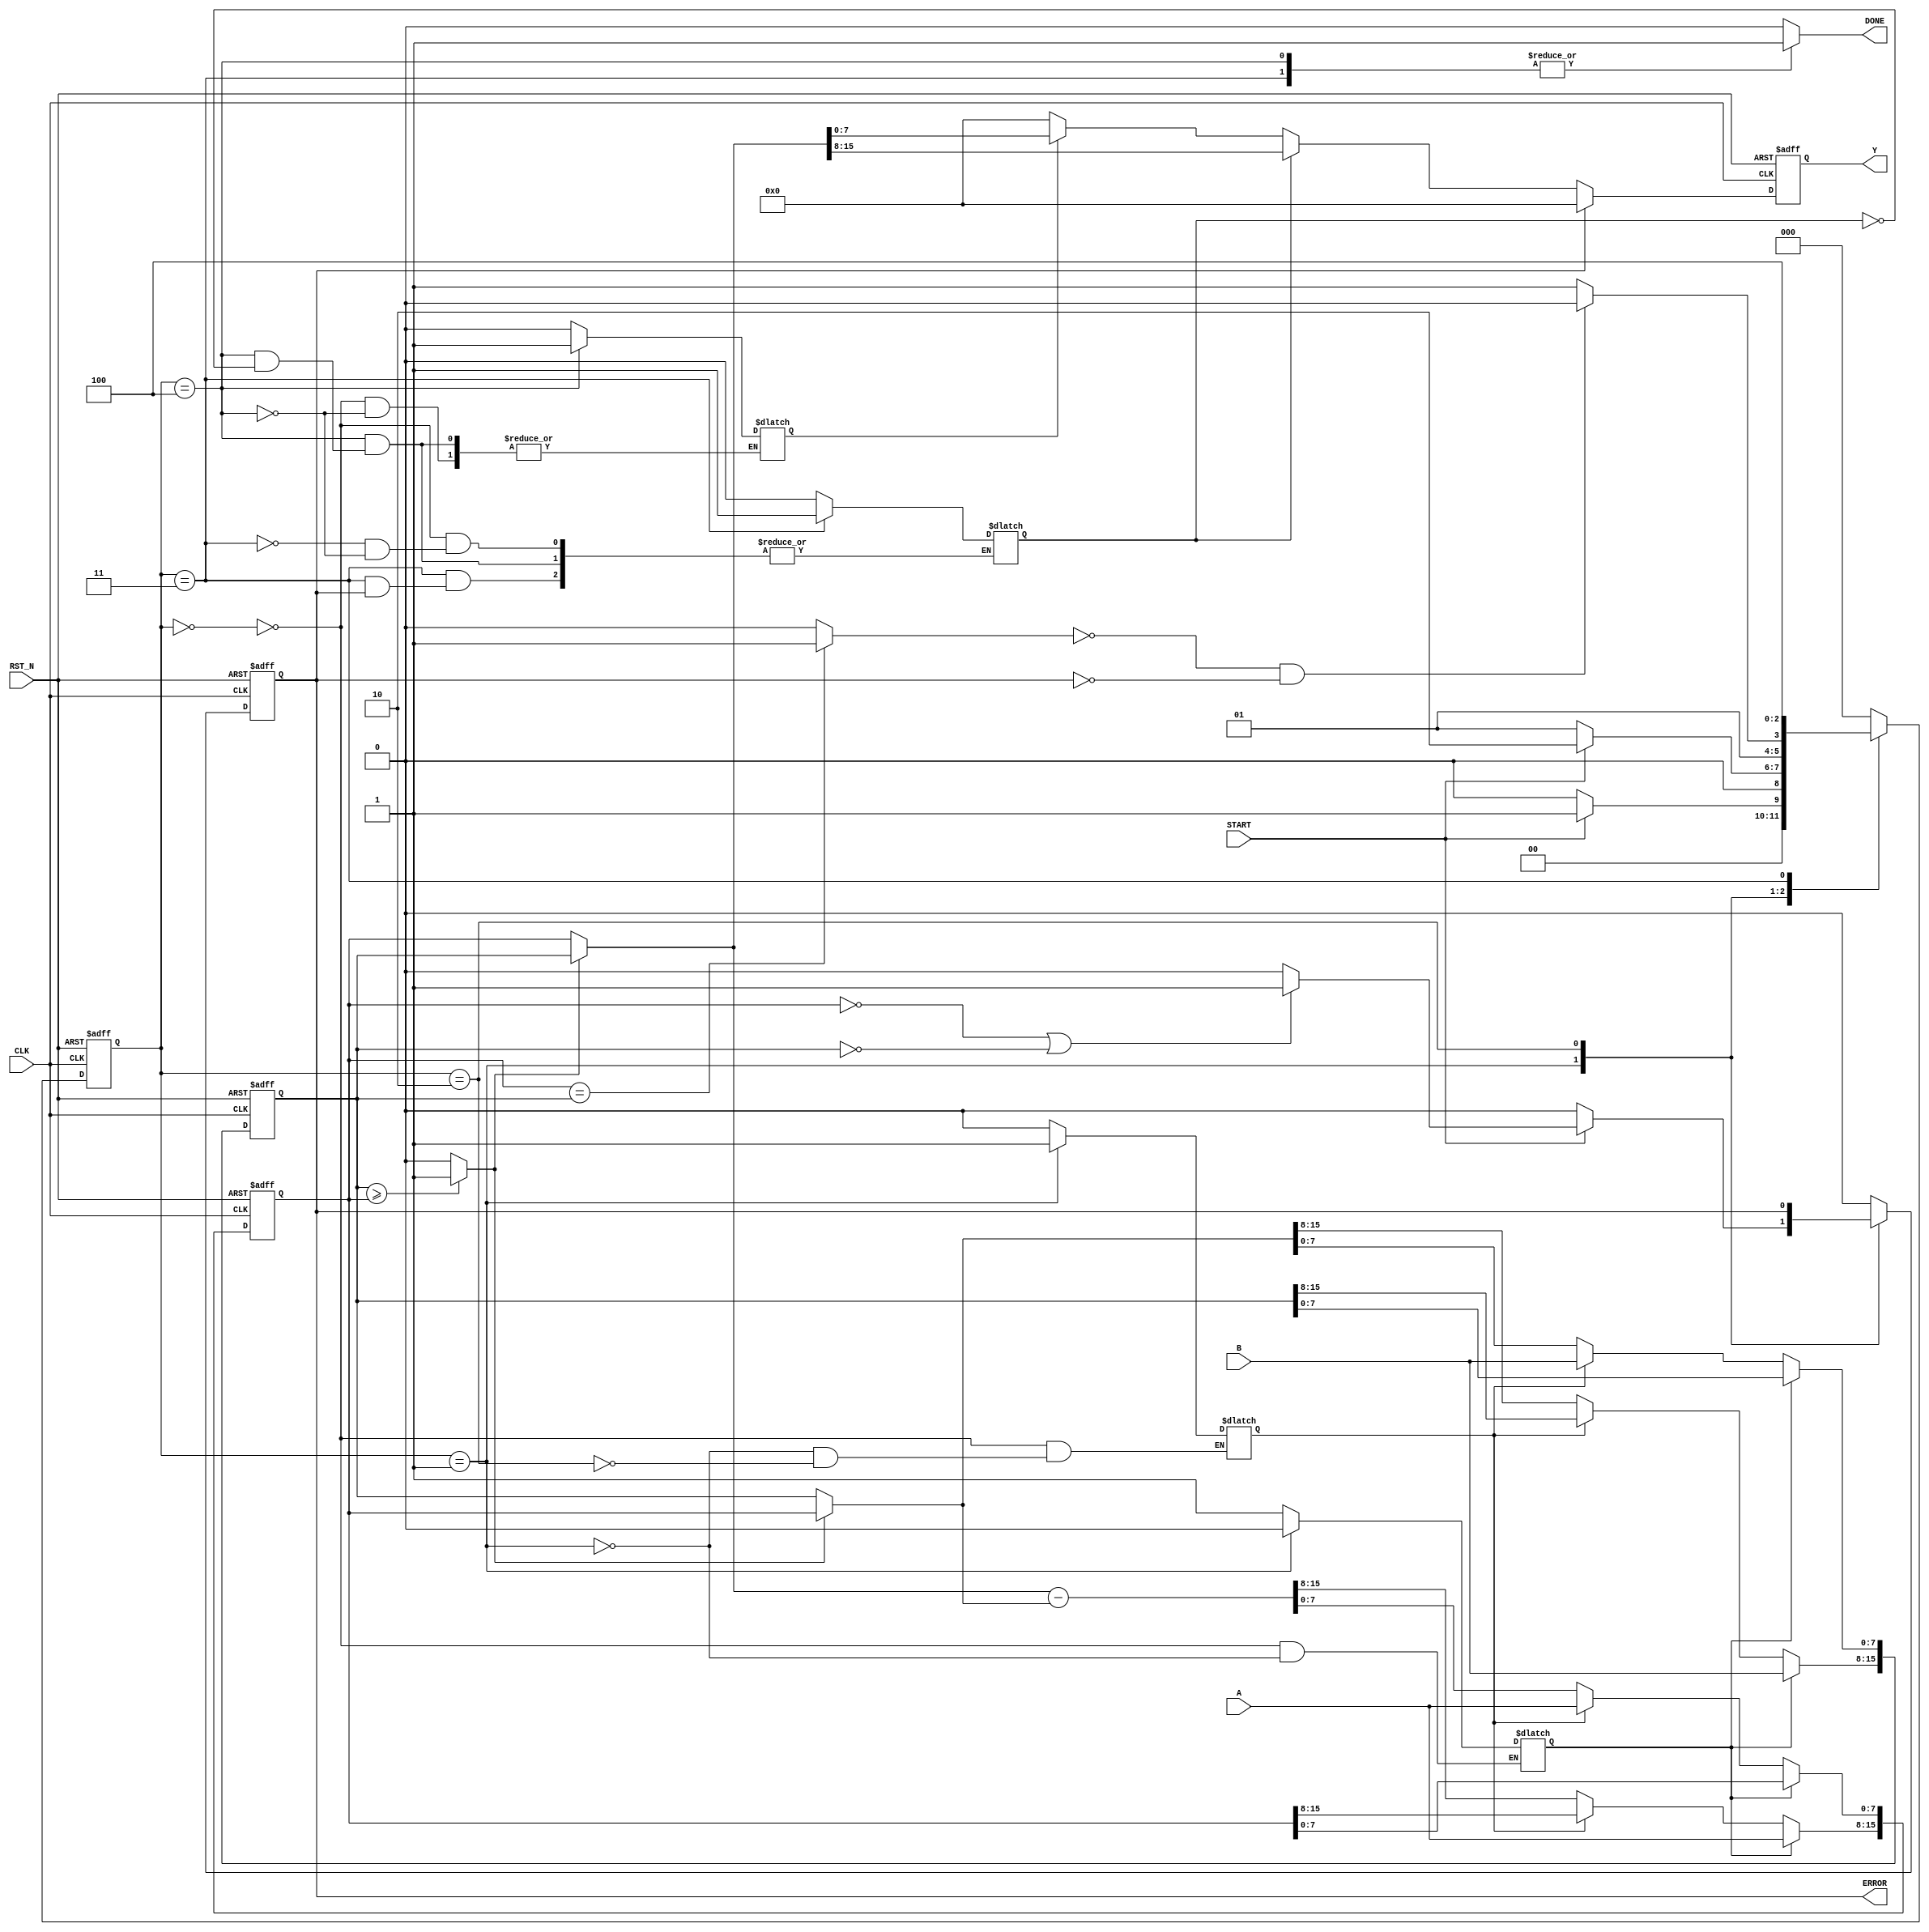
`timescale 1ns / 1ps
module GCD (
input wire CLK,
input wire RST_N,
input wire [7:0] A,
input wire [7:0] B,
input wire START,
output reg [7:0] Y,
output reg DONE,
output reg ERROR
);
wire found, swap;
reg [15:0] reg_a, reg_b, data_a, data_b;
reg [15:0] diff;
reg error_next;
reg [2:0] state, state_next;
reg found_key1, found_key2, load_key1, load_key2;
parameter [2:0] IDLE = 3'b000;
parameter [2:0] IDLE_cont = 3'b001;
parameter [2:0] CALC = 3'b010;
parameter [2:0] FINISH = 3'b011;
parameter [2:0] FINISH_cont = 3'b100;


// [lab] define the signal found here
assign found = ( reg_a == reg_b ) ? 1 : 0;
// [lab] define the signal swap here
assign swap = ( reg_b >= reg_a ) ? 1 : 0;
 
always @* begin
    if (swap) begin
		data_a = reg_b;
		data_b = reg_a;
    end else begin
		data_a = reg_a;
		data_b = reg_b;
    end
end

always @* begin
	diff = data_a - data_b;
end

always @(posedge CLK or negedge RST_N)
begin
	if(!RST_N) begin
		Y = 0;
		end else begin 
			if(!ERROR) begin
				if (found_key1) begin
				Y = data_a[15:8];
				end else if (found_key2)begin
				Y = data_a[7:0];
				end else begin
				Y = 0;
				end
			end else begin
				Y = 0;
        end
	end
end 

always @(posedge CLK or negedge RST_N) begin
    if (~RST_N) begin
		reg_a = 0;
		reg_b = 0;
    end else if (load_key1) begin
		reg_a[15:8] = A;
		reg_b[15:8] = B;
    end else if (load_key2)begin
		reg_a[7:0] = A;
		reg_b[7:0] = B;
	end else begin
		reg_a = diff;
		reg_b = data_b;
    end
end

always @(posedge CLK or negedge RST_N) begin
    if (RST_N == 0) begin
		state <= IDLE;
		ERROR <= 0;
    end else begin
		state <= state_next;
		ERROR <= error_next;
    end
end

// You may revise the coding style
always @* begin
    case (state)
        IDLE: begin
			DONE = 0;
			load_key1 = 1;
			load_key2 = 0;
			found_key1 = 0;
			found_key2 = 0;
			if (START) begin
			    state_next = IDLE_cont;
                error_next = 0;
            end else begin
				state_next = IDLE;
				error_next = 0;
            end
        end
		IDLE_cont: begin
			DONE = 0;
			load_key1 = 0;         
			load_key2 = 1;
            if (START) begin 
                state_next = CALC;
                error_next = (reg_a == 0 || reg_b == 0) ? 1'b1 : 0;
            end else begin
				state_next = IDLE_cont;
				error_next = 0;
            end
        end
		CALC: begin
			DONE = 0;
			load_key2 = 0;
			error_next = ERROR;
            if(!found && !ERROR) begin
				state_next = CALC;
            end else begin
				state_next = FINISH;
            end
        end
        FINISH: begin
			DONE = 1;
			if(!ERROR)
				found_key1 = 1;
				state_next = FINISH_cont;
				error_next = 0;
			end
		FINISH_cont: begin
			DONE = 1;
			if(found_key1) begin
				found_key1 = 0;
				found_key2 = 1;
			end
				state_next = IDLE;
				error_next = 0;
		end
        default: begin
			DONE = 0;
			state_next = IDLE;
			error_next = 0;
        end
    endcase
end
endmodule